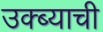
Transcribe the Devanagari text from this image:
उक्ब्याची